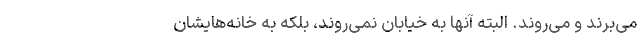
می‌بُرند و می‌روند. البته آنها به خیابان نمی‌روند، بلکه به خانه‌هایشان